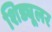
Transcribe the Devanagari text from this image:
शिड्यूलर